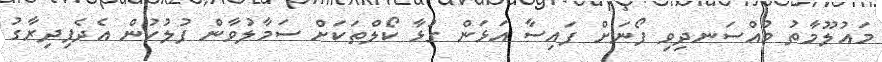
މައުލޫމާތު މުއްސަނދިވި ފޯނަށް ފައިސާ އަޅަން ގުޅާ ކޯލްތަކަށް ސަމާލުވާން ފުލުހުން އެދެފިދިރާގު